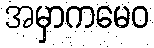
အမှာကမေဝ